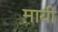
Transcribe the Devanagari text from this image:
मायी